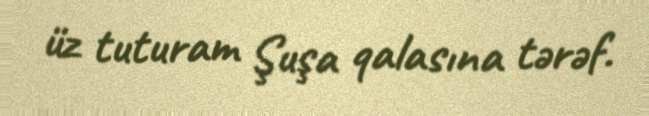
üz tuturam Şuşa qalasına tərəf.